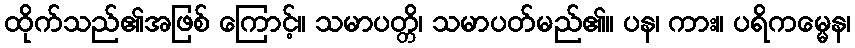
ထိုက်သည်၏အဖြစ် ကြောင့်။ သမာပတ္တိ၊ သမာပတ်မည်၏။ ပန၊ ကား။ ပရိကမ္မေန၊